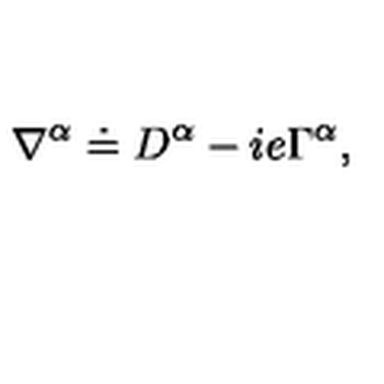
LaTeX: \nabla ^ { \alpha } \doteq D ^ { \alpha } - i e \Gamma ^ { \alpha } ,